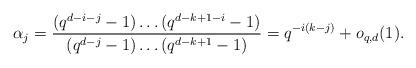
LaTeX: \begin{align*}\alpha_j = \frac{(q^{d-i-j}-1)\ldots (q^{d-k+1-i}-1)}{(q^{d-j}-1) \ldots (q^{d-k+1}-1)} = q^{-i(k-j)} + o_{q,d}(1).\end{align*}